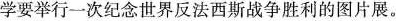
学要举行一次纪念世界反法西斯战争胜利的图片展。